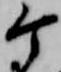
ケ